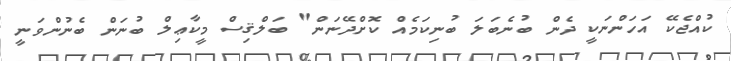
ކުއްޖެކޭ އަހަންނަކީ ދެން ބުނެބަލަ ބުނިކަމެއް ކޮށްދޭނަން" ބަލްޤިސް މީކާޢިލް ބުނަން ބެނުންވަނީ